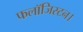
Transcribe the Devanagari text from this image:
फलॉजिस्टन।